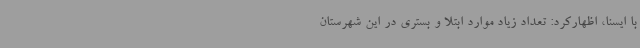
با ایسنا، اظهارکرد: تعداد زیاد موارد ابتلا و بستری در این شهرستان